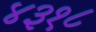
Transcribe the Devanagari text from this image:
४३१८